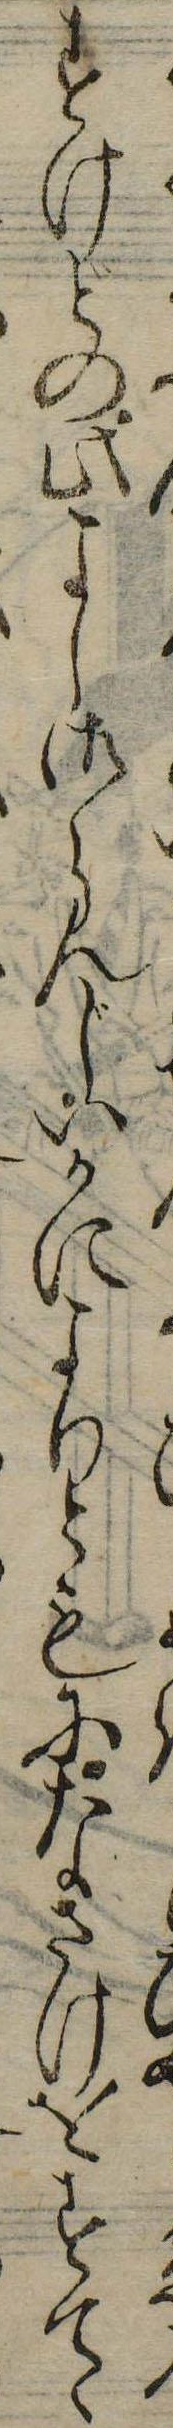
すけどの此よし御らんじいかによりともになさけをすてゝ